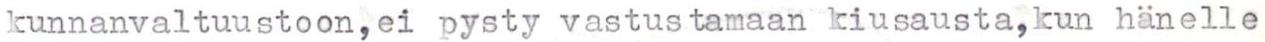
kunnanvaltuustoon, ei pysty vastustamaan kiusausta, kun hänelle